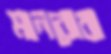
মানবোবা